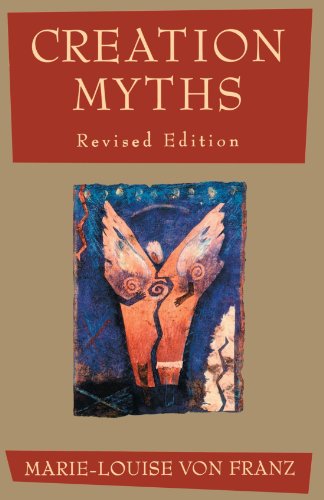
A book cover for Creation Myths; Marie-Louise Von Franz; Literature & Fiction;